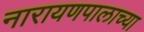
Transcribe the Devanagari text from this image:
नारायणपालाच्या